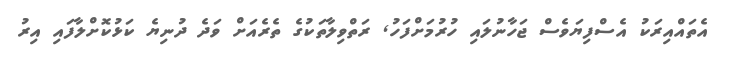
އެތައްއިރަކު އެސްފިޔަވެސް ޖަހާނުލައި ހުރުމަށްފަހު